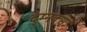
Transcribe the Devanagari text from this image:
द्म्नक्स